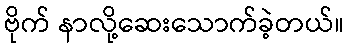
ဗိုက် နာလို့ဆေးသောက်ခဲ့တယ်။